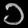
Digit: ၁